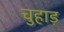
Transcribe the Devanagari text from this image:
चुहाड़